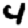
Digit: 4